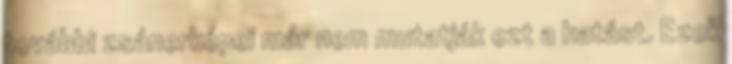
további zsánerképei már nem mutatják ezt a hatást. Ezek